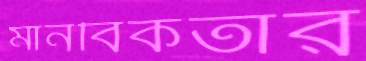
মানবিকতার